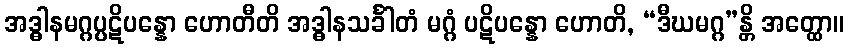
အဒ္ဓါနမဂ္ဂပ္ပဋိပန္နော ဟောတီတိ အဒ္ဓါနသင်္ခါတံ မဂ္ဂံ ပဋိပန္နော ဟောတိ, “ဒီဃမဂ္ဂ”န္တိ အတ္ထော။